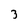
Character: 3